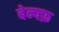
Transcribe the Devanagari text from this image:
बेन्फ्फ़